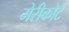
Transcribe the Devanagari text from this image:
मेरीकोर्ट